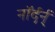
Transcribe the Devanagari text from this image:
नॉर्द़र्न्